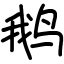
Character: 鹅